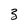
Character: 3